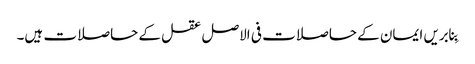
بِنابریں ایمان کے حاصلات فی الاصل عقل کے حاصلات ہیں۔